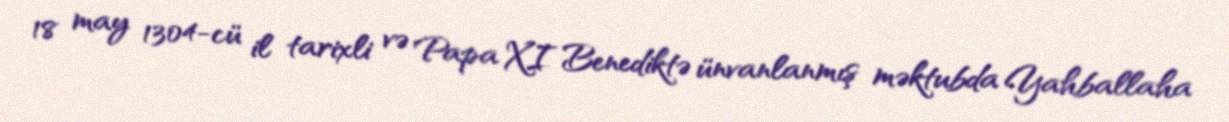
18 may 1304-cü il tarixli və Papa XI Benediktə ünvanlanmış məktubda Yahballaha